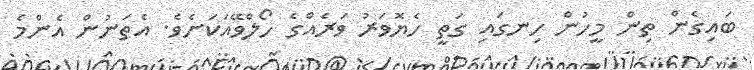
ބައިގެން ތިން މީހުން ހިނގައި ގަތީ ހެޔޮވަރު ވަރެއްގެ ހޯލްވޭއަކަށެވެ. އެތަނުން އެންމެ